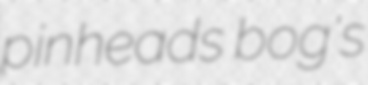
pinheads bog's